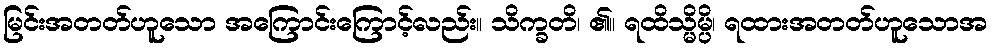
မြင်းအတတ်ဟူသော အကြောင်းကြောင့်လည်း။ သိက္ခတိ၊ ၏။ ရထိသ္မိမ္ပိ၊ ရထားအတတ်ဟူသောအ